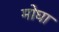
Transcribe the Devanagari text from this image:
मोघा